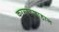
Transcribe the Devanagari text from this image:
करमानशाहान